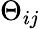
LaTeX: \Theta_{ij}